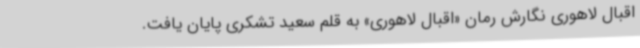
اقبال لاهوری نگارش رمان «اقبال لاهوری» به قلم سعید تشکری پایان یافت.